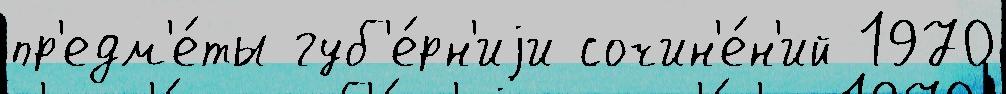
пр'едм'е́ты губ'е́рн'иjи сочин'е́н'ий 1970